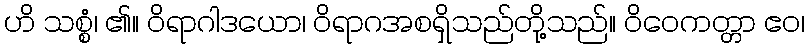
ဟိ သစ္စံ၊ ၏။ ဝိရာဂါဒယော၊ ဝိရာဂအစရှိသည်တို့သည်။ ဝိဝေကတ္တာ ဧဝ၊